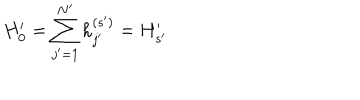
H _ { 0 } ^ { \prime } = \sum _ { j ^ { \prime } = 1 } ^ { N ^ { \prime } } h _ { j ^ { \prime } } ^ { ( s ^ { \prime } ) } = H _ { s ^ { \prime } } ^ { \prime }